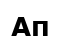
Ап